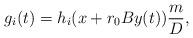
LaTeX: \begin{align*}g_i(t)=h_i(x+r_0 B y(t) ) \frac{m}{D} ,\end{align*}